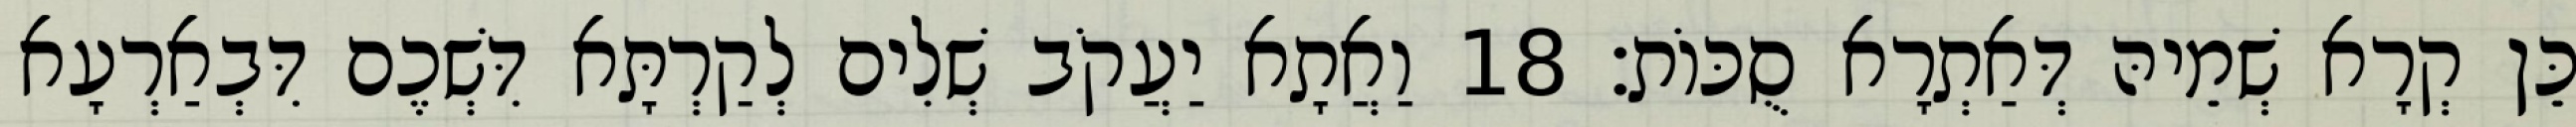
כֵּן קְרָא שְׁמֵיהּ דְּאַתְרָא סֻכּוֹת׃ 18 וַאֲתָא יַעֲקֹב שְׁלִים לְקַרְתָּא דִּשְׁכֶם דִּבְאַרְעָא